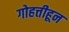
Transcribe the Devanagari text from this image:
गोहत्तीहून